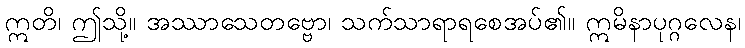
ဣတိ၊ ဤသို့။ အဿာသေတဗ္ဗော၊ သက်သာရာရစေအပ်၏။ ဣမိနာပုဂ္ဂလေန၊